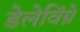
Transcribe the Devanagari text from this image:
डेलेविंग्ने